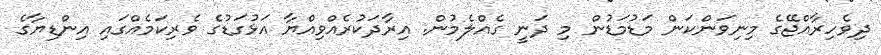
ދިވެހިރާއްޖޭގެ މިނިވަންކަން މަޑުމަޑުން މި ދަނީ ގެއްލެމުން. އިރާދަކުރެއްވިއްޔާ އަޅުގަޑުގެ ވެރިކަމެއްގައި އިންޑިޔާގެ